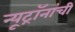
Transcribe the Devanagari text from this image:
न्यूट्रॉनांची